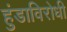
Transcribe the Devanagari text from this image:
हुंडाविरोधी